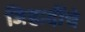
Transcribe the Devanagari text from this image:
जिहादींचे